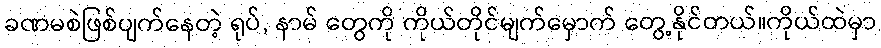
ခဏမစဲဖြစ်ပျက်နေတဲ့ ရုပ်, နာမ် တွေကို ကိုယ်တိုင်မျက်မှောက် တွေ့နိုင်တယ်။ကိုယ်ထဲမှာ